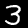
Digit: 3